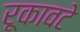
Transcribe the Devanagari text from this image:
रूकावटे